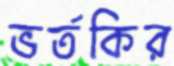
ভর্তকির